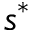
s ^ { * }